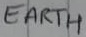
Text: EARTH